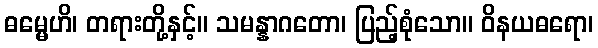
ဓမ္မေဟိ၊ တရားတို့နှင့်။ သမန္နာဂတော၊ ပြည့်စုံသော။ ဝိနယဓရော၊